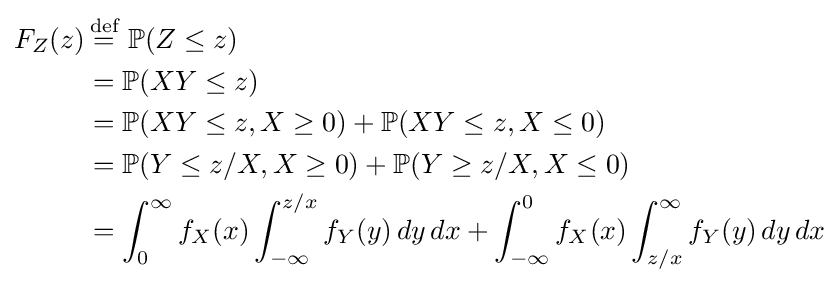
{\begin{aligned}F_{Z}(z)&\,{\stackrel {\text{def}}{=}}\ \mathbb {P} (Z\leq z)\\&=\mathbb {P} (XY\leq z)\\&=\mathbb {P} (XY\leq z,X\geq 0)+\mathbb {P} (XY\leq z,X\leq 0)\\&=\mathbb {P} (Y\leq z/X,X\geq 0)+\mathbb {P} (Y\geq z/X,X\leq 0)\\&=\int _{0}^{\infty }f_{X}(x)\int _{-\infty }^{z/x}f_{Y}(y)\,dy\,dx+\int _{-\infty }^{0}f_{X}(x)\int _{z/x}^{\infty }f_{Y}(y)\,dy\,dx\end{aligned}}